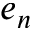
e _ { n }